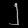
Digit: ၂